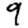
Digit: 9